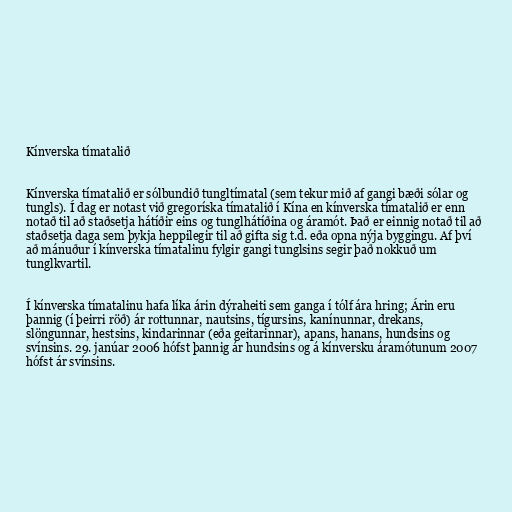
Kínverska tímatalið

Kínverska tímatalið er sólbundið tungltímatal (sem tekur mið af gangi bæði sólar og
tungls). Í dag er notast við gregoríska tímatalið í Kína en kínverska tímatalið er enn
notað til að staðsetja hátíðir eins og tunglhátíðina og áramót. Það er einnig notað til að
staðsetja daga sem þykja heppilegir til að gifta sig t.d. eða opna nýja byggingu. Af því
að mánuður í kínverska tímatalinu fylgir gangi tunglsins segir það nokkuð um
tunglkvartil.

Í kínverska tímatalinu hafa líka árin dýraheiti sem ganga í tólf ára hring; Árin eru
þannig (í þeirri röð) ár rottunnar, nautsins, tígursins, kanínunnar, drekans,
slöngunnar, hestsins, kindarinnar (eða geitarinnar), apans, hanans, hundsins og
svínsins. 29. janúar 2006 hófst þannig ár hundsins og á kínversku áramótunum 2007
hófst ár svínsins.